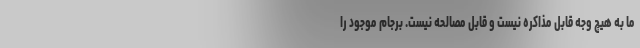
ما به هیچ وجه قابل مذاکره نیست و قابل مصالحه نیست. برجام موجود را